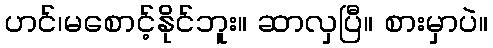
ဟင်၊မစောင့်နိုင်ဘူး။ ဆာလှပြီ။ စားမှာပဲ။